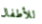
للأطفال